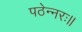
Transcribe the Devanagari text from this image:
पठेन्नरः॥